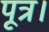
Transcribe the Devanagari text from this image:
पूत्र।